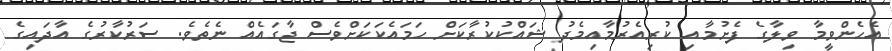
އެހެންވީމާ ވިލާގެ ފެށުމާއި ކުރިއެރުމާއިމެދު ޝައްކުކުރާކަށް ހަމައެކަކަށްވެސް ޖާގައެއް ނެތެވެ. ސަރުކާރުގެ އާދައިގެ